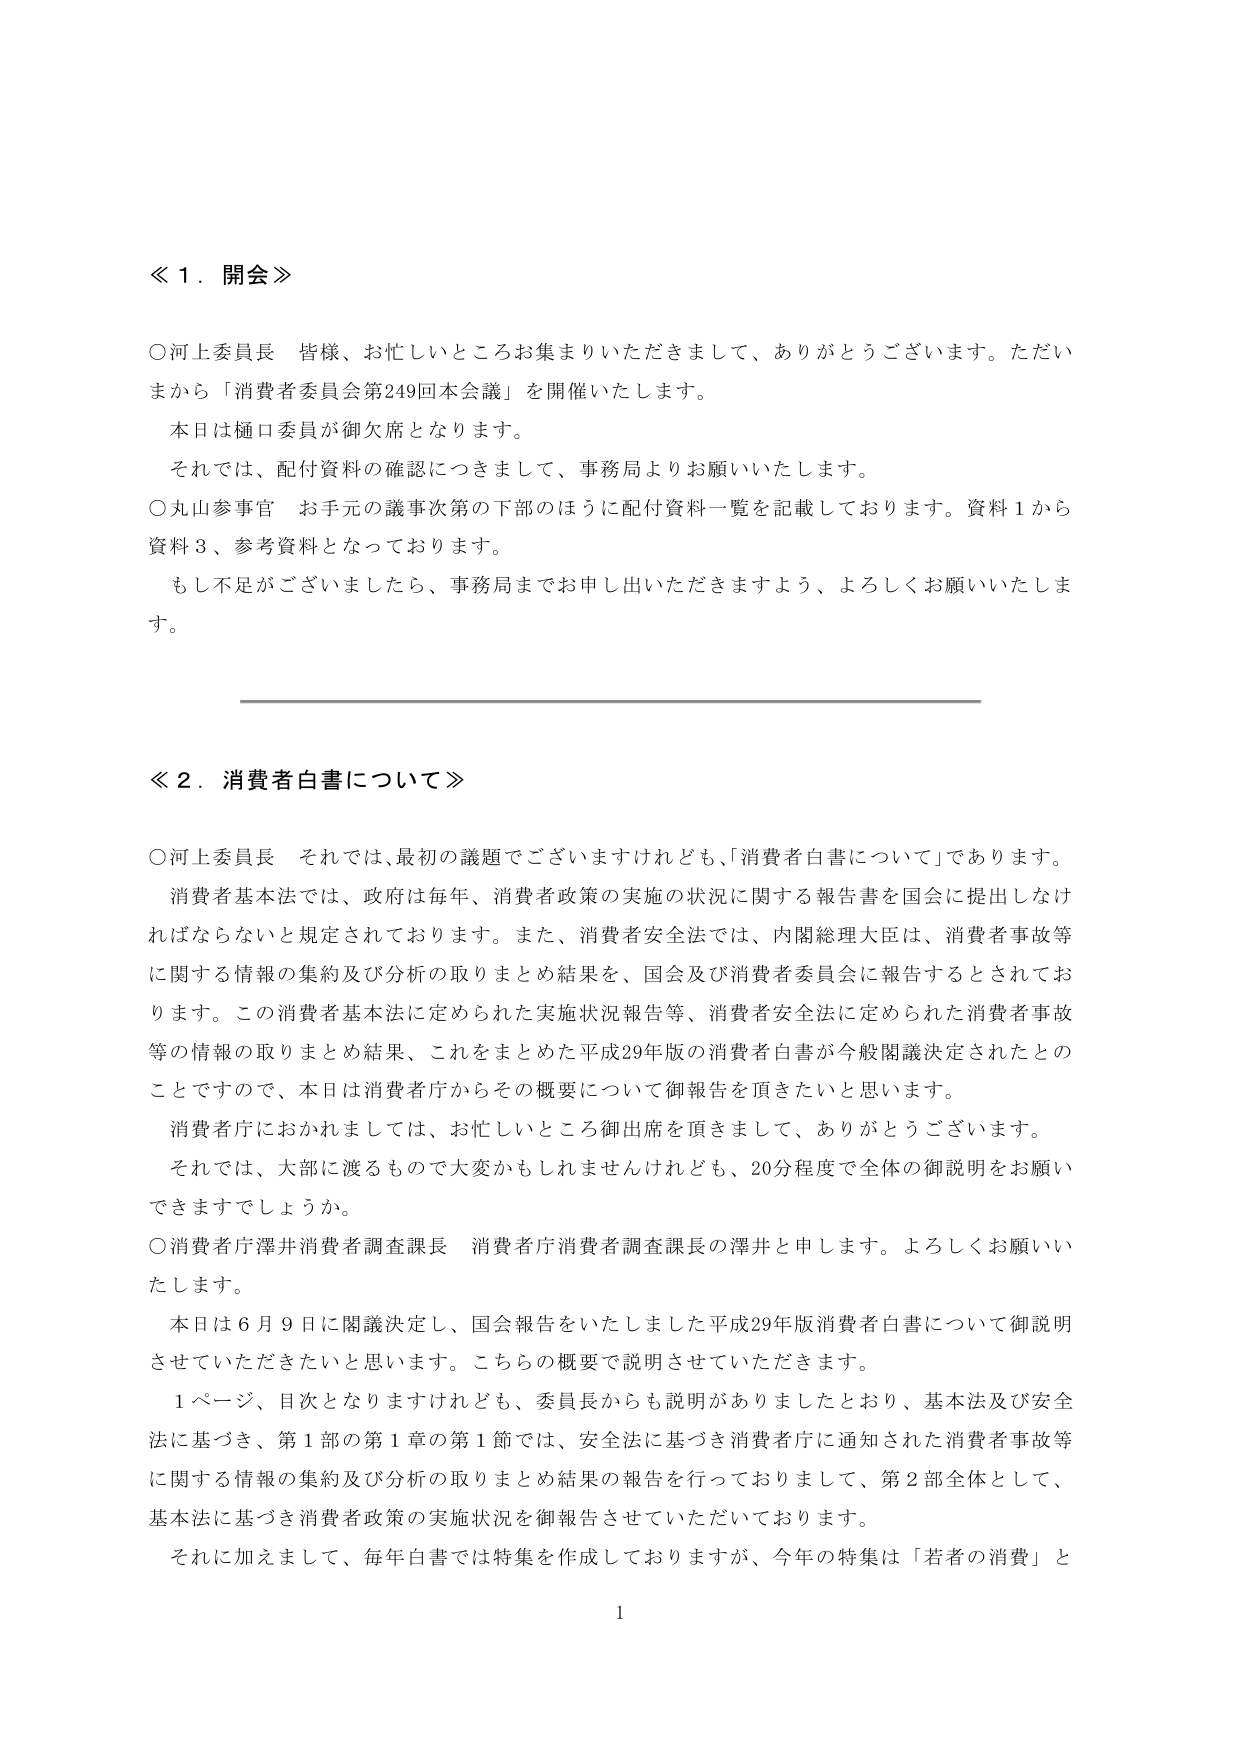
≪１．開会≫

○河上委員長　皆様、お忙しいところお集まりいただきまして、ありがとうございます。ただいまから「消費者委員会第249回本会議」を開催いたします。
　本日は樋口委員が御欠席となります。
　それでは、配付資料の確認につきまして、事務局よりお願いいたします。
○丸山参事官　お手元の議事次第の下部のほうに配付資料一覧を記載しております。資料１から資料３、参考資料となっております。
　もし不足がございましたら、事務局までお申し出いただきますよう、よろしくお願いいたします。

≪２．消費者白書について≫

○河上委員長　それでは、最初の議題でございますけれども、「消費者白書について」であります。
　消費者基本法では、政府は毎年、消費者政策の実施の状況に関する報告書を国会に提出しなければならないと規定されております。また、消費者安全法では、内閣総理大臣は、消費者事故等に関する情報の集約及び分析の取りまとめ結果を、国会及び消費者委員会に報告するとされております。この消費者基本法に定められた実施状況報告等、消費者安全法に定められた消費者事故等の情報の取りまとめ結果、これをまとめた平成29年版の消費者白書が今般閣議決定されたとのことですので、本日は消費者庁からその概要について御報告を頂きたいと思います。
　消費者庁におかれましては、お忙しいところ御出席を頂きまして、ありがとうございます。
　それでは、大部に渡るもので大変かもしれませんが、20分程度で全体の御説明をお願いできますでしょうか。
○消費者庁澤井消費者調査課長　消費者庁消費者調査課長の澤井と申します。よろしくお願いいたします。
　本日は6月9日に閣議決定し、国会報告をいたしました平成29年版消費者白書について御説明させていただきたいと思います。こちらの概要で説明させていただきます。
　1ページ、目次となりますけれども、委員長からも説明がありましたとおり、基本法及び安全法に基づき、第1部の第1章の第1節では、安全法に基づき消費者庁に通知された消費者事故等に関する情報の集約及び分析の取りまとめ結果の報告を行っておりますし、第2部全体として、基本法に基づき消費者政策の実施状況を御報告させていただいております。
　それに加えまして、毎年白書では特集を作成しておりますが、今年の特集は「若者の消費」と

1